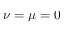
\nu = \mu = 0